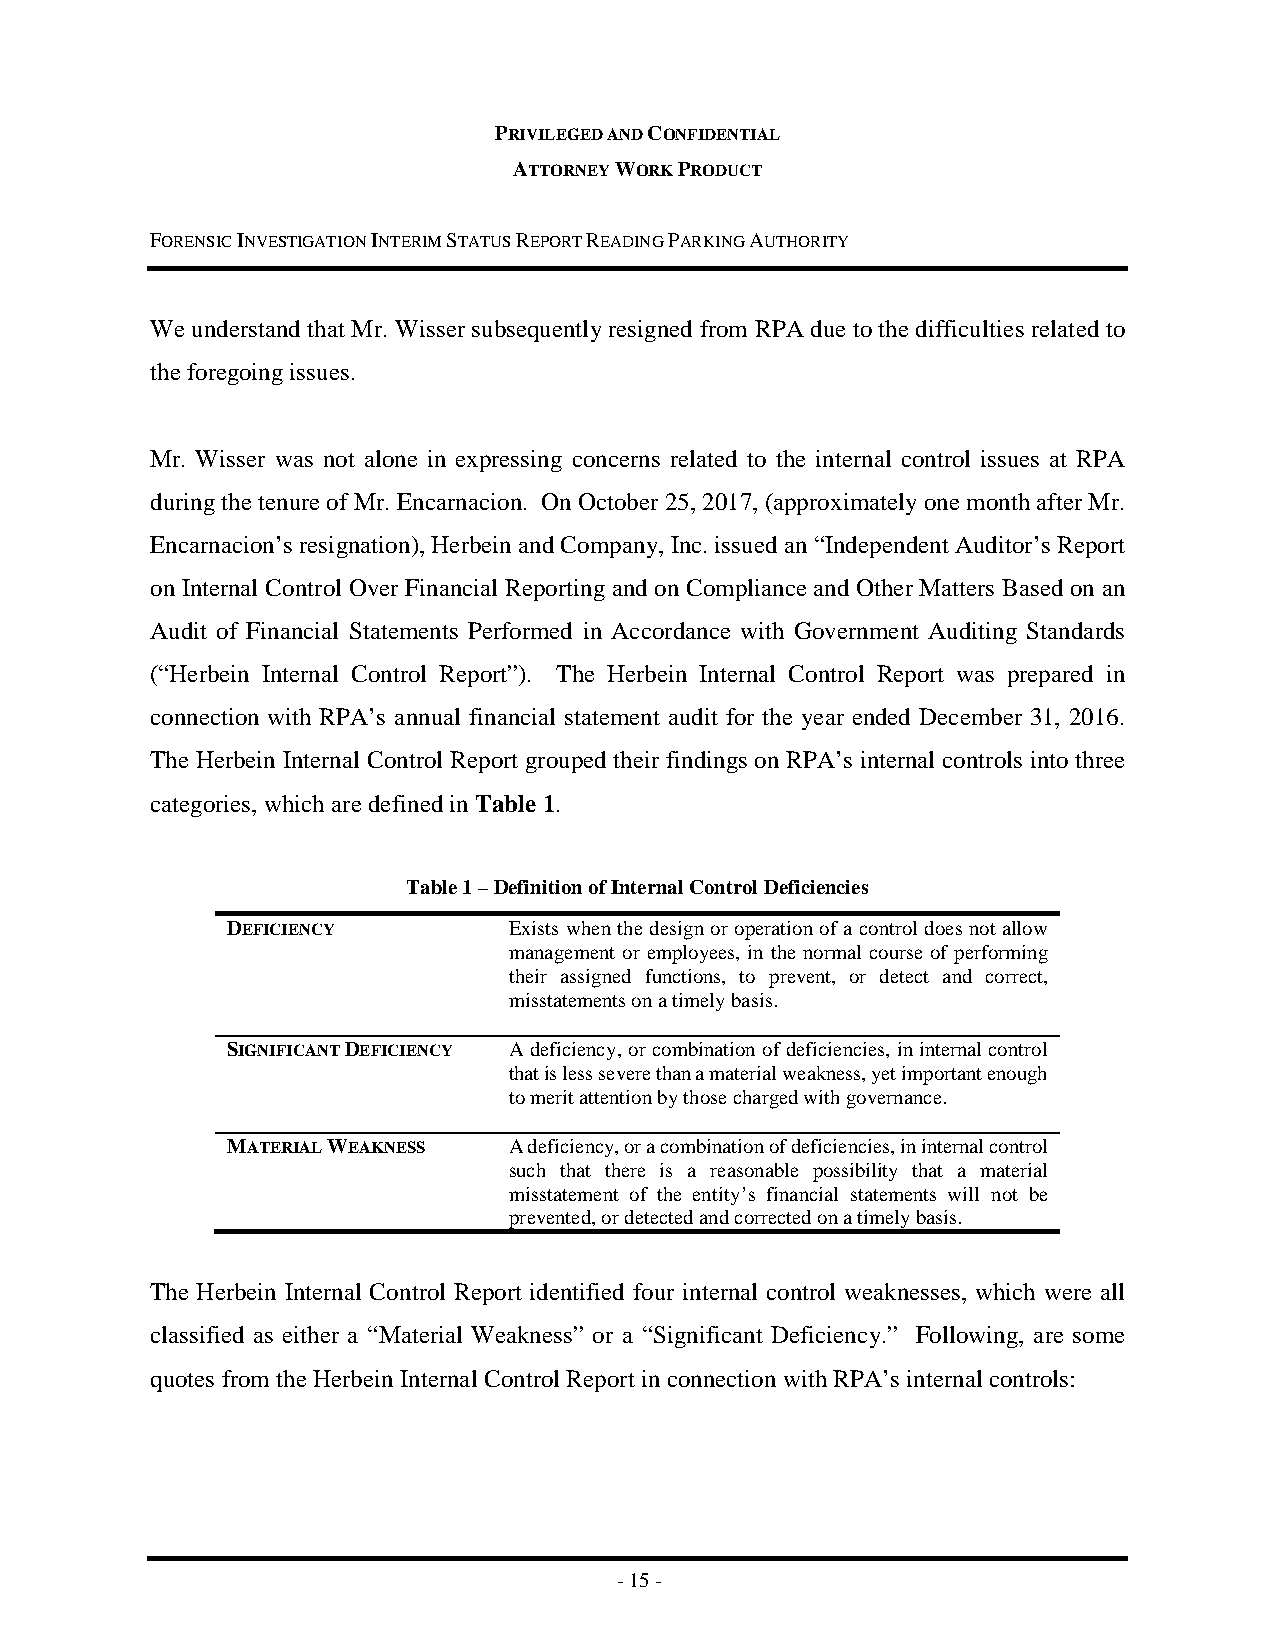
PRIVILEGED AND CONFIDENTIAL
 ATTORNEY WORK PRODUCT
 FORENSIC INVESTIGATION INTERIM STATUS REPORT READING PARKING AUTHORITY
 We understand that Mr. Wisser subsequently resigned from RPA due to the difficulties related to
 the foregoing issues.
 Mr. Wisser was not alone in expressing concerns related to the internal control issues at RPA
 during the tenure of Mr. Encarnacion. On October 25, 2017, (approximately one month after Mr.
 Encarnacion’s resignation), Herbein and Company, Inc. issued an “Independent Auditor’s Report
 on Internal Control Over Financial Reporting and on Compliance and Other Matters Based on an
 Audit of Financial Statements Performed in Accordance with Government Auditing Standards
 (“Herbein Internal Control Report”). The Herbein Internal Control Report was prepared in
 connection with RPA’s annual financial statement audit for the year ended December 31, 2016.
 The Herbein Internal Control Report grouped their findings on RPA’s internal controls into three
 categories, which are defined in Table 1.
 Table 1 – Definition of Internal Control Deficiencies
 DEFICIENCY         Exists when the design or operation of a control does not allow
 management or employees, in the normal course of performing
 their assigned functions, to prevent, or detect and correct,
 misstatements on a timely basis.
 SIGNIFICANT DEFICIENCY A deficiency, or combination of deficiencies, in internal control
 that is less severe than a material weakness, yet important enough
 to merit attention by those charged with governance.
 MATERIAL WEAKNESS  A deficiency, or a combination of deficiencies, in internal control
 such that there is a reasonable possibility that a material
 misstatement of the entity’s financial statements will not be
 prevented, or detected and corrected on a timely basis.
 The Herbein Internal Control Report identified four internal control weaknesses, which were all
 classified as either a “Material Weakness” or a “Significant Deficiency.” Following, are some
 quotes from the Herbein Internal Control Report in connection with RPA’s internal controls:
 - 15 -